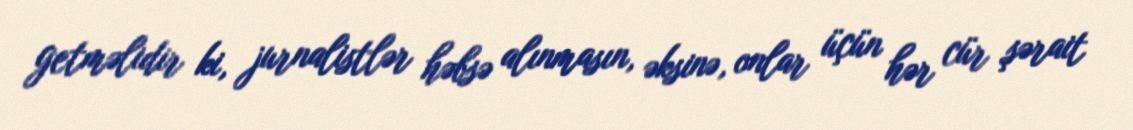
getməlidir ki, jurnalistlər həbsə alınmasın, əksinə, onlar üçün hər cür şərait